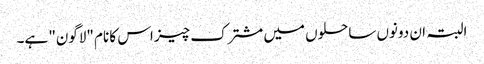
البتہ ان دونوں ساحلوں میں مشترک چیز اس کا نام "لاگون" ہے۔